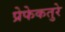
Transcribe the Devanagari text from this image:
प्रेफेकतुरे